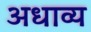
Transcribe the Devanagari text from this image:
अधाव्य